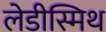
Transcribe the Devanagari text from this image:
लेडीस्मिथ